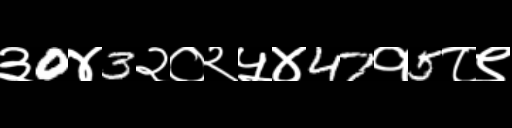
Text: ३0४3२०२५४47१5८९